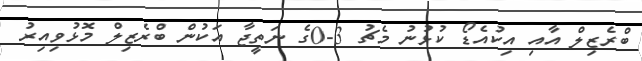
ބްރެޒިލް އާއި އިކުއެޑޯ ކުޅުނު މެޗު 3-0ގެ ނަތީޖާ އަކުން ބްރެޒިލް މޮޅުވިއިރު